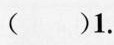
()1.